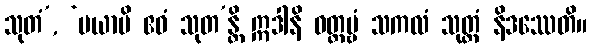
သုတံ’, ‘မယာပိ ဧဝံ သုတ’န္တိ ဣဒါနိ ဝတ္တဗ္ဗံ သကလံ သုတ္တံ နိဒဿေတိ။